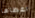
اعطاها